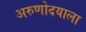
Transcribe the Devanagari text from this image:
अरुणोदयाला